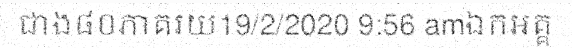
ជាង៨០ភាគរយ19/2/2020 9:56 amឯកអគ្គ